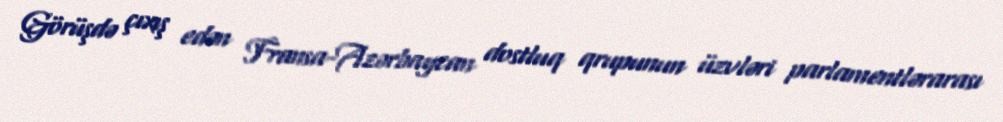
Görüşdə çıxış edən Fransa-Azərbaycan dostluq qrupunun üzvləri parlamentlərarası